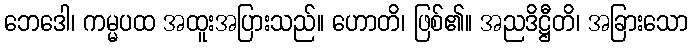
ဘေဒေါ၊ ကမ္မပထ အထူးအပြားသည်။ ဟောတိ၊ ဖြစ်၏။ အညဒိဋ္ဌီတိ၊ အခြားသော